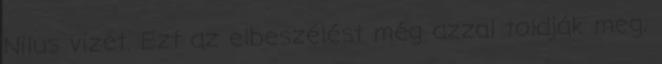
Nilus vizét. Ezt az elbeszélést még azzal toldják meg,